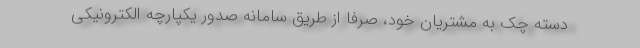
دسته چک به مشتریان خود، صرفا از طریق سامانه صدور یکپارچه الکترونیکی